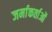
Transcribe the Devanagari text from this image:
जर्माकर्ताओं